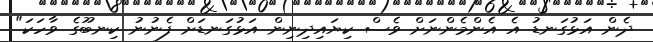
ދެން އަޅުގަނޑު އެ އެންމެންނަށް ވެސް ކިޔައިދިނިން އަޅުގަނޑަށް ފެނުނު ކިނބޫގެ ވާހަކަ"